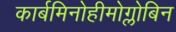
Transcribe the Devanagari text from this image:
कार्बमिनोहीमोग्लोबिन